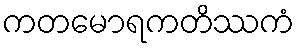
ကတမောရကတိဿကံ